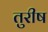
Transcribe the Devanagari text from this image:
तुरीष